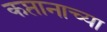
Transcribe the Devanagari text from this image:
कप्तानाच्या